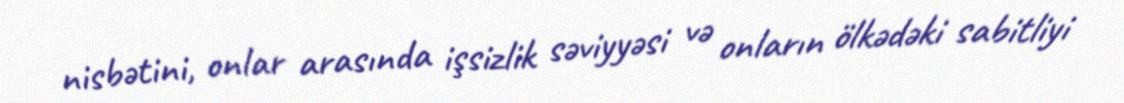
nisbətini, onlar arasında işsizlik səviyyəsi və onların ölkədəki sabitliyi